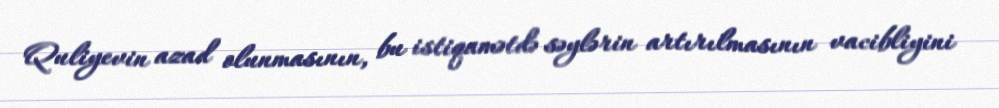
Quliyevin azad olunmasının, bu istiqamətdə səylərin artırılmasının vacibliyini